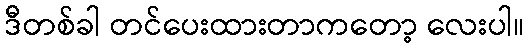
ဒီတစ်ခါ တင်ပေးထားတာကတော့ လေးပါ။